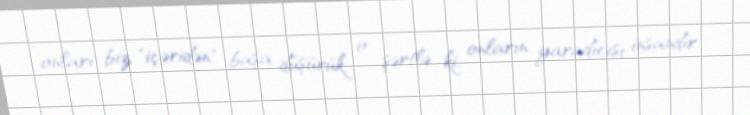
onları biz "içəridən" başa düşürük, o şərtlə ki, onların yaradıcısı insandır .